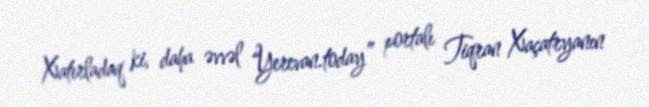
Xatırladaq ki, daha əvvəl “Yerevan.today” portalı Tiqran Xaçatryanın